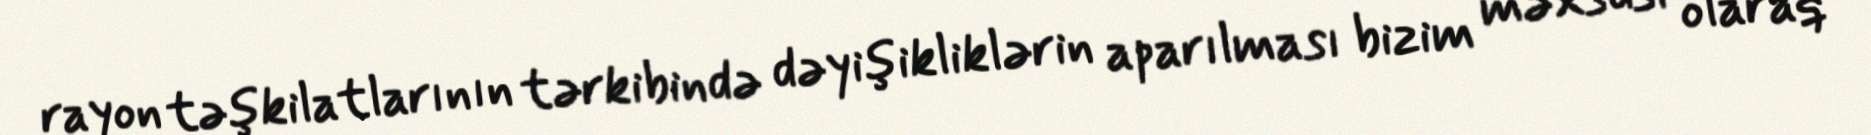
rayon təşkilatlarının tərkibində dəyişikliklərin aparılması bizim məxsusi olaraq